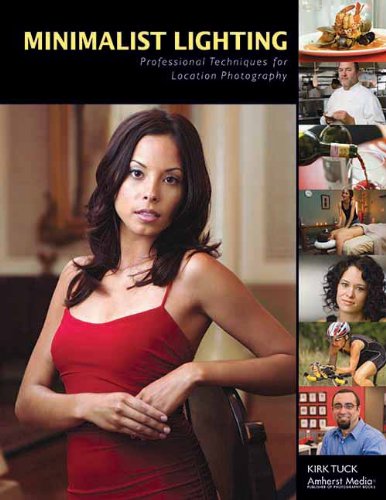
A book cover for Minimalist Lighting: Professional Techniques for Location Photography; Kirk Tuck; Arts & Photography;